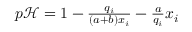
\begin{array} { r } { p \mathcal { H } = 1 - \frac { q _ { i } } { ( a + b ) x _ { i } } - \frac { a } { q _ { i } } x _ { i } } \end{array}